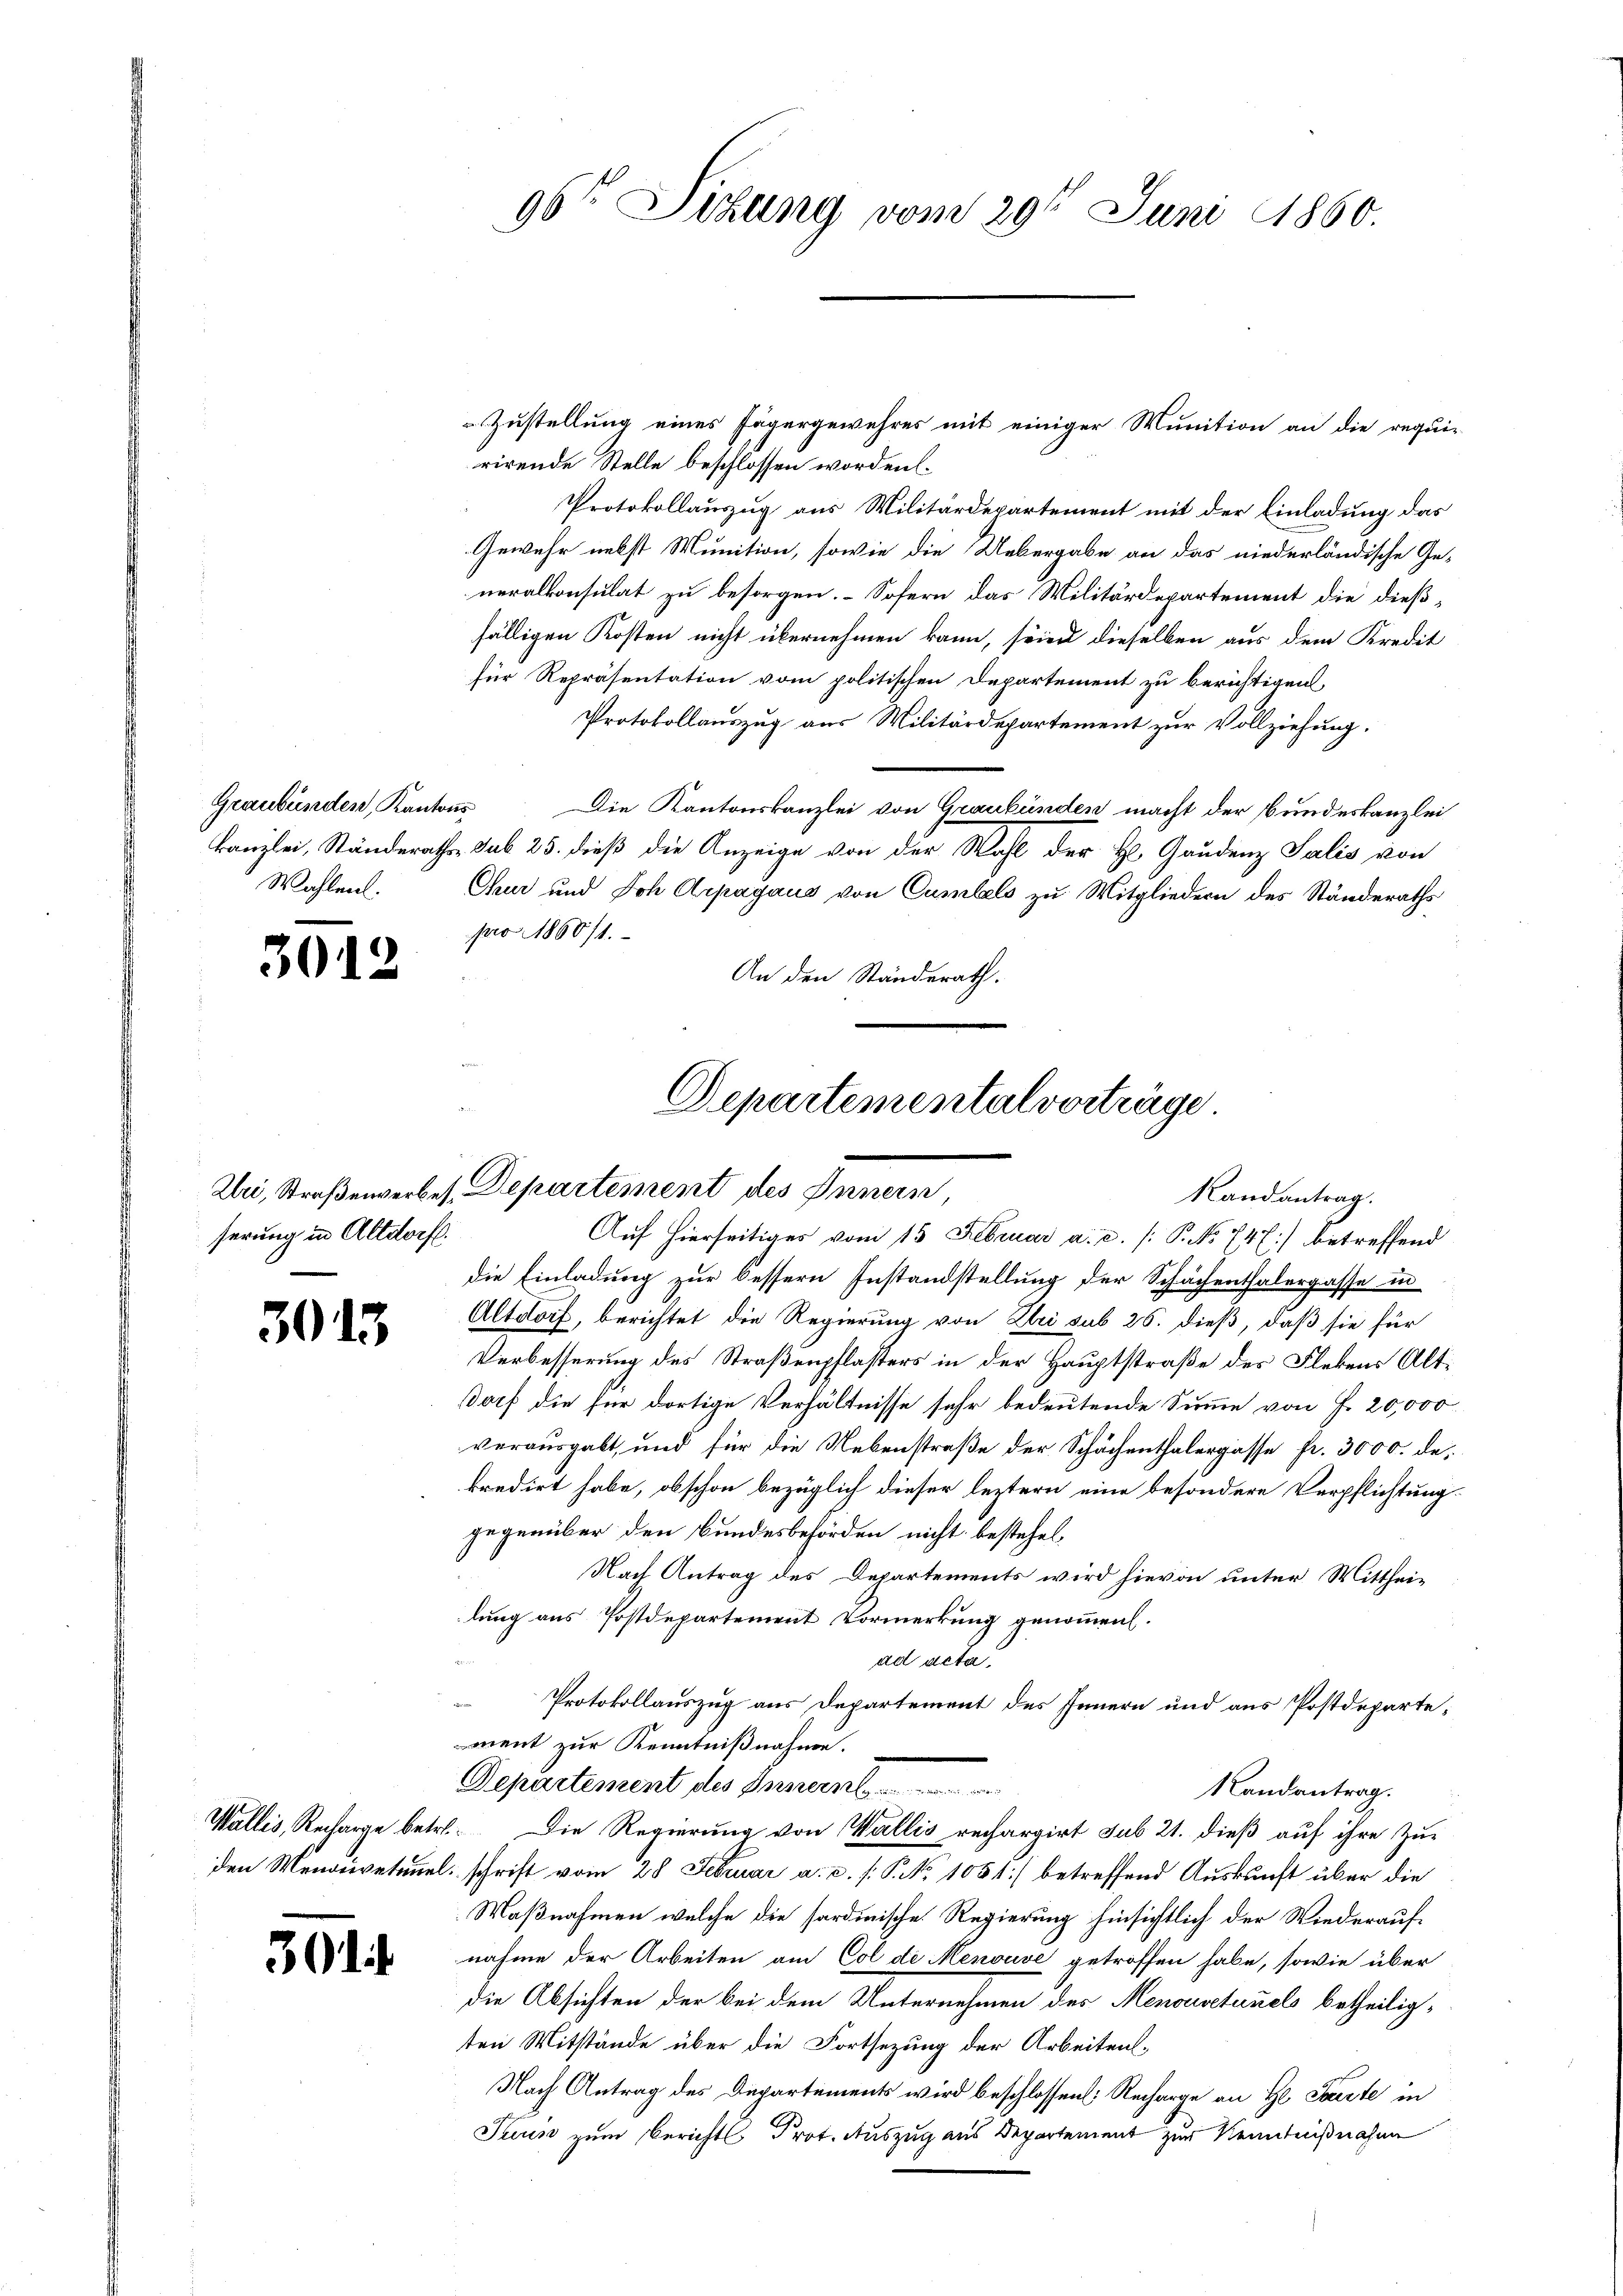
Graubünden, Kantons
Wahlent.

3012

Uri, Straßenverbeserung in Altdorf.

3013

301

96te Sitzung vom 29t Juni 1860.

Zustellung eines Jägergewehres mit einiger Munition an die requi-
rirende Stelle beschlossen worden.
Protokollauszug aus Militärdepartement mit der Einladung das
Gewehr nebst Munition, sowie die Uebergabe an das niederländische Ge-
neralkonsulat zu besorgen. Sofern das Militärdepartement die dießfälligen Kosten nicht übernehmen kann, sein dieselben aus dem Kredit
für Repräsentation vom politischen Departement zu berichtigen,
Protokollauszug aus Militärdepartement zur Vollziehung.
Die Kantonskanzlei von Graubünden macht der Bundeskanzlei
kanzlei, Ständeraths sub 25. dieß die Anzeige von der Wahl der H. Gaudenz Salis von
Chur und Joh Arpagaus von Cumbels zu Mitgliedern des Ständeraths
pro 1860/1.
An den Ständerath.

Departemental vorträge
Departement des Innern,
Randantrag.
Auf hierseitiges vom 15. Februar a. c. /: P. No 747 betreffend

die Einladung zur bessern Instandstellung der Schächenthalergasse in
Altdorf, berichtet die Regierung von Uri sub 26. dieß, daß sie für
Verbesserung des Straßenpflasters in der Hauptstraße des Flekens Altdorf die für dortige Verhältnisse sehr bedeutende Summe von J. 20,000
verausgabt, und für die Nebenstraße der Schächenthalergasse fr. 3000. dekredirt habe, obschon bezüglich dieser leztern eine besondere Verpflichtung
gegenüber den Bundesbehörden nicht bestehel.
Nach Antrag des Departements wird hievon unter Mittheilung aus Postdepartement Vormerkung genommen.
ad acta.
Protokollauszug aus Departement des Innern und aus Postdepartemnent zur Kenntnißnahme.
Departement des Innern
Mandantrag.
Wallis, Recharge betr. Die Regierung von Wallis rechargirt sub 21. dieß auf ihre Zuden Menouvetnuel schrift vom 28. Februar a. c. s. P. Nr. 1051) betreffend Auskunft über die
Waßnahmen welche die sordinische Regierung hinsichtlich der Wiederauf-
nahme der Arbeiten am Col de Menouve getroffen habe, sowie über
die Absichten der bei dem Unternehmen des Menouveturels betheiligten Mitstände über die Fortsezung der Arbeitens¬
Nach Antrag des Departements wird beschlossen: Recharge an H. Forste in
Teun zum Berichts Prot. Auszug aus Departement zur Kenntnißnahme